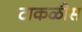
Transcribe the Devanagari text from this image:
टाकळीस